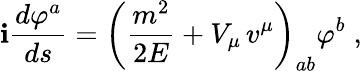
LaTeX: \mathbf{i}\frac{{d\varphi^{a}}}{{ds}}=\left(\frac{{m^{2}}}{{2E}}+V_{\mu}\, v^{\mu}\right)_{ab}\varphi^{b}\; ,